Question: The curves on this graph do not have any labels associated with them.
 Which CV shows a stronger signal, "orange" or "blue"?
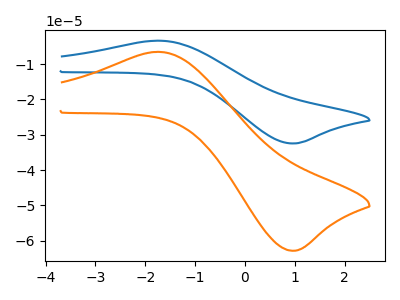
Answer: <think>The blue curve "blue" has an anodic peak at (-1.75V, -3.40uA) and a cathodic peak at (1.00V, -32.45uA). The orange curve "orange" has an anodic peak at (-1.75V, -6.55uA) and a cathodic peak at (1.00V, -62.85uA).
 All the peaks in "orange" have a peak in "blue" at the same potential.</think>
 <answer>I cant tell if "orange" or "blue" has more signal.</answer>
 <eval>mixed_signal</eval>